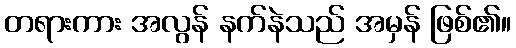
တရားကား အလွန် နက်နဲသည် အမှန် ဖြစ်၏။